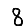
Digit: 8